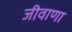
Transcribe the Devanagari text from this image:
जीवाणा